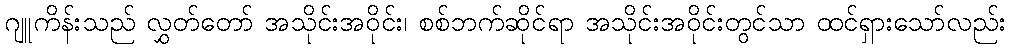
ဂျူကိန်းသည် လွှတ်တော် အသိုင်းအဝိုင်း၊ စစ်ဘက်ဆိုင်ရာ အသိုင်းအဝိုင်းတွင်သာ ထင်ရှားသော်လည်း